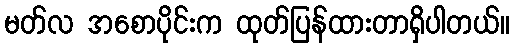
မတ်လ အစောပိုင်းက ထုတ်ပြန်ထားတာရှိပါတယ်။